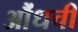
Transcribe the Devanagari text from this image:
औंधची